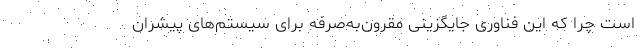
است چرا که این فناوری جایگزینی مقرون‌به‌صرفه برای سیستم‌های پیشران